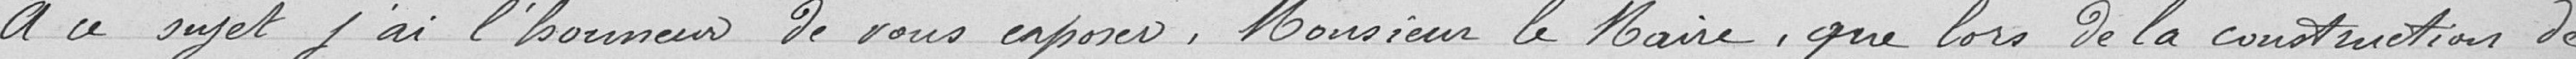
À ce sujet j'ai l'honneur de vous exposer, Monsieur le maire, que lors de la constitution de